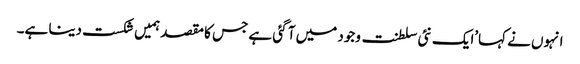
انہوں نے کہا’ایک نئی سلطنت وجود میں آ گئی ہے جس کا مقصد ہمیں شکست دینا ہے۔